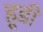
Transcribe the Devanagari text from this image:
हूडी